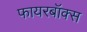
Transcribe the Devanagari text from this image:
फायरबॉक्स